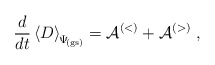
\begin{align*}\frac{d}{dt}\left\langle D \right\rangle_{\scriptstyle \! \Psi_{\rm \! {\scriptscriptstyle (gs)}} } = {\mathcal A}^{(<)} +{\mathcal A}^{(>)} \; ,\end{align*}